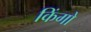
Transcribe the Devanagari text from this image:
किंगो